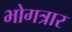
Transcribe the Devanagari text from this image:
भोगत्रार